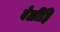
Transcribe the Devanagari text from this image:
वेळींहि